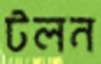
টলন